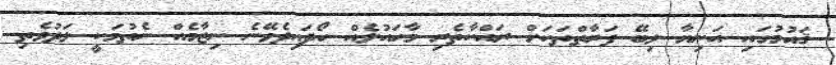
ޤައުމުގައި އަނިޔާ ލިބޭ ފަރާތްތަކަށް ރައްކާތެރި މާހައުލެއް ހޯދައިދެވޭނެ ނިޒާމެއް ނެތުމަކީ ލަދުވެތި